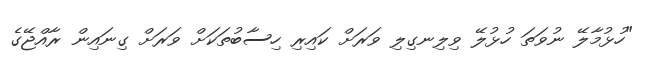
"ހުޅުމާލޭ ނުވަތަ ހުޅުލޭ ވިލިނގިލި ވަރަށް ކައިރި ހިސާބުތަކަށް ވަރަށް ގިނައިން ރާއްޖޭގެ